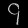
Digit: ၄